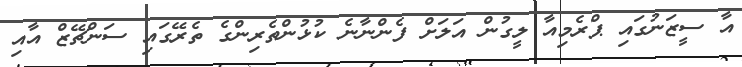
އާ ސީޒަނުގައި ޕްރެމިއާ ލީގުން އަލަށް ފެންނާނެ ކުޅުންތެރިންގެ ތެރޭގައި ސަންޗޭޒް އާއި